画像に写った文字を読んでください
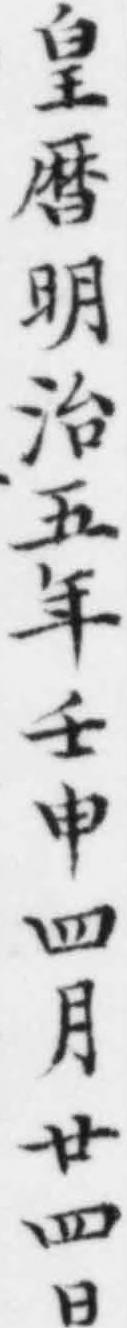
「皇暦明治五年壬申四月廿四日」と書いてあります